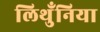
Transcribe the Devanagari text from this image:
लिथुँनिया